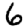
Digit: 6